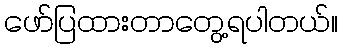
ဖော်ပြထားတာတွေ့ရပါတယ်။